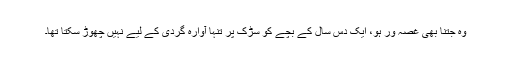
وہ جتنا بھی غصّہ ور ہو، ایک دس سال کے بچے کو سڑک پر تنہا آوارہ گردی کے لیے نہیں چھوڑ سکتا تھا۔